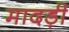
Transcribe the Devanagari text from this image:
मादड़ी